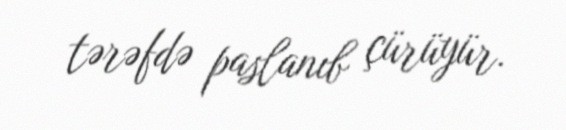
tərəfdə paslanıb çürüyür.